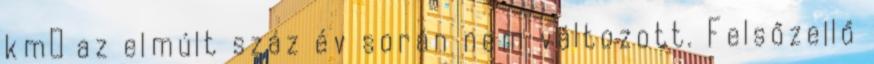
km² az elmúlt száz év során nem változott. Felsőzellő